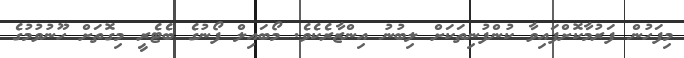
މިފަހުން ފަރުމާކޮށްފައިވާ ކުންފުނިތަކަށް ލިބުނު އިންޒާރެކެވެ. މޯބައިލް ފޯނުގެ ބެޓެރީ މިގޮތަށް ހޫނުވުމުގެ